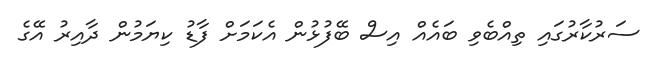
ސަރުކާރުގައި ތިއްބެވި ބައެއް އިސް ބޭފުޅުން އެކަމަށް ފާޑު ކިޔަމުން ދާއިރު އޭގެ